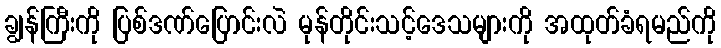
ချွန်ကြီးကို ပြစ်ဒဏ်ပြောင်းလဲ မုန်တိုင်းသင့်ဒေသများကို အထုတ်ခံရမည်ကို